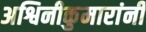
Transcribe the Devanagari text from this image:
अश्विनीकुमारांनी